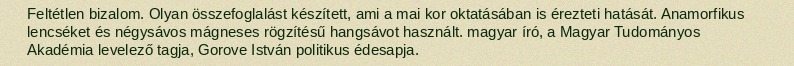
Feltétlen bizalom. Olyan összefoglalást készített, ami a mai kor oktatásában is érezteti hatását. Anamorfikus lencséket és négysávos mágneses rögzítésű hangsávot használt. magyar író, a Magyar Tudományos Akadémia levelező tagja, Gorove István politikus édesapja.